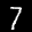
Label: 7